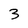
Character: 3